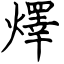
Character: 燡